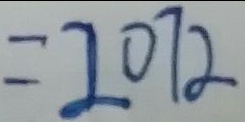
= 2 0 7 2